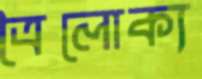
ত্রৈলোক্য